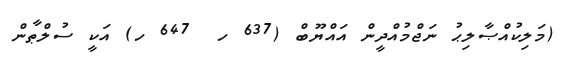
(މަލިކުއްޞާލިޙު ނަޖްމުއްދީން އައްޔޫބް (637 ހ  647 ހ) އަކީ ސުލްޠާން